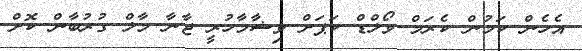
އެހެން ކަމުން ކެރަމް ވޯލްޑް ކަޕަށް ވިޝާމާހުރީ ޖާނާ މާލް ގުރުބާން ކޮށް